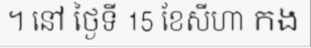
។ នៅ ថ្ងៃទី 15 ខែសីហា កង